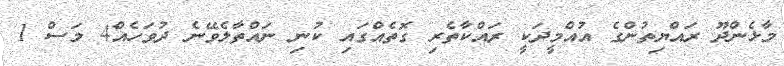
މާޅެންދޫ ރައްޔިތުންގެ އުއްމީދަކީ ރައްކާތެރި ގޮތެއްގައި ކުނި ނައްތާލެވޭނެ ދުވަހެއް4 މަސް 1